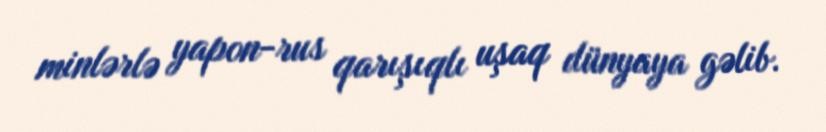
minlərlə yapon-rus qarışıqlı uşaq dünyaya gəlib.